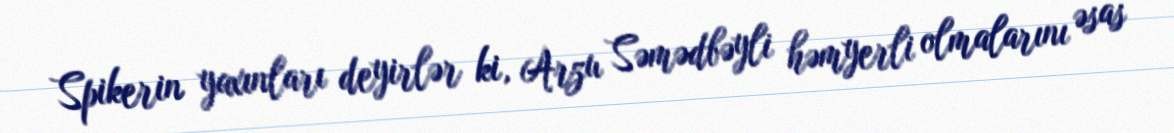
Spikerin yaxınları deyirlər ki, Arzu Səmədbəyli həmyerli olmalarını əsas